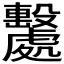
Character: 𣫦